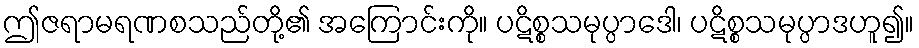
ဤဇရာမရဏစသည်တို့၏ အကြောင်းကို။ ပဋိစ္စသမုပ္ပာဒေါ၊ ပဋိစ္စသမုပ္ပာဒဟူ၍။